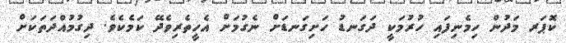
ކޮޕަރ މަދުން ހިމެނިފައި ހުރުމަކީ ދަގަނޑު ހަށިގަނޑަށް ނެގުމަށް އެހީތެރިވެދޭ ކަމެކެވެ. ދިގުމުއްދަތަކަށް